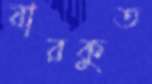
বারকুত